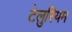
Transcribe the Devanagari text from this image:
टेलुरियम